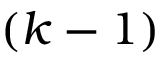
( k - 1 )